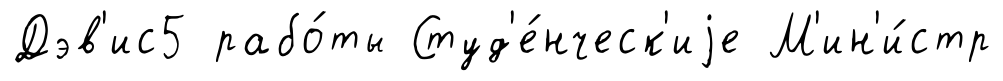
Дэв'ис5 рабо́ты Студ'е́нческ'иjе М'ин'и́стр